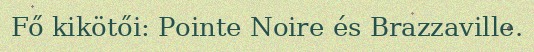
Fő kikötői: Pointe Noire és Brazzaville.